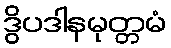
ဒွိပဒါနမုတ္တမံ